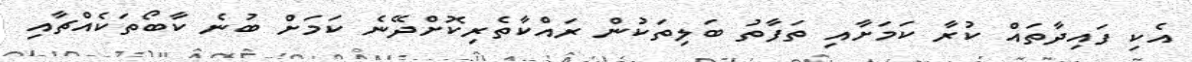
އެކި ފައިދާތައް ކުރާ ކަމަށާއި ތަފާތު ބަލިތަކުން ރައްކާތެރިކޮށްދޭނެ ކަމަށް ބުނެ ކާބޯތަކެއްޗާއި